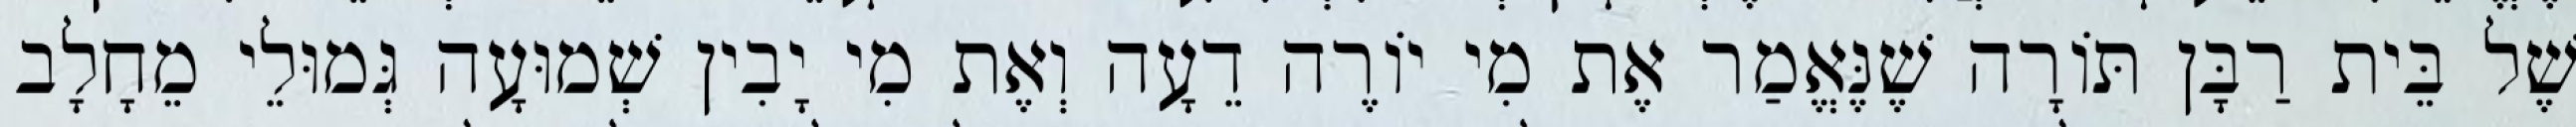
שֶׁל בֵּית רַבָּן תּוֹרָה שֶׁנֶּאֱמַר אֶת מִי יוֹרֶה דֵעָה וְאֶת מִי יָבִין שְׁמוּעָה גְּמוּלֵי מֵחָלָב